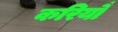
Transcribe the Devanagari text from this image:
करियौ